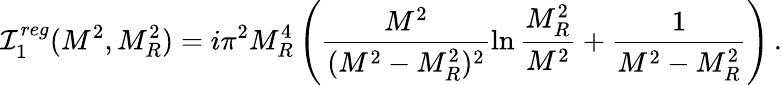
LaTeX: \mathcal{I}_{1}^{reg}(M^{2},M_{R}^{2})=i\pi^{2}M_{R}^{4}\left(\frac{{M^{2}}}{{(M^{2}-M_{R}^{2})^{2}}}\ln\frac{{M_{R}^{2}}}{{M^{2}}}+\frac{{1}}{{M^{2}-M_{R}^{2}}}\right)\, .